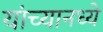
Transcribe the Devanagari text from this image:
यांच्यानध्ये